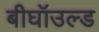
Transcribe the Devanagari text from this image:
बीघॉउल्ड